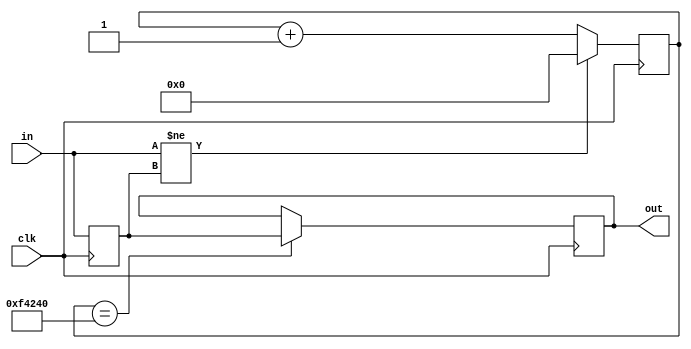
`timescale 1ns / 1ps

module debouncer(
		clk,
		in,
		out
	);

parameter counter_width = 20;
parameter counter_value = 1000000;

input			clk;
input			in;
output reg	out = 0;

reg prev_in = 0;
reg[counter_width-1 : 0] counter = 0;

always @(posedge clk) begin
	if(counter == counter_value)
		out <= prev_in;
		
	if(in != prev_in)
		counter <= 0;
	else
		counter <= counter + 1;
	
	prev_in <= in;
end

endmodule